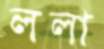
ললা